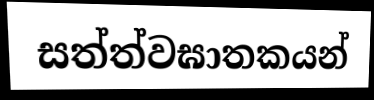
සත්ත්වඝාතකයන්